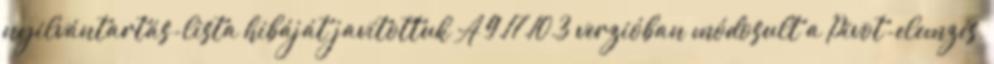
nyilvántartás-lista hibáját javítottuk A 9.17.10.3 verzióban módosult a Pivot-elemzés,